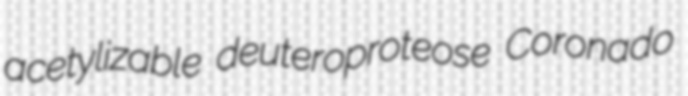
acetylizable deuteroproteose Coronado